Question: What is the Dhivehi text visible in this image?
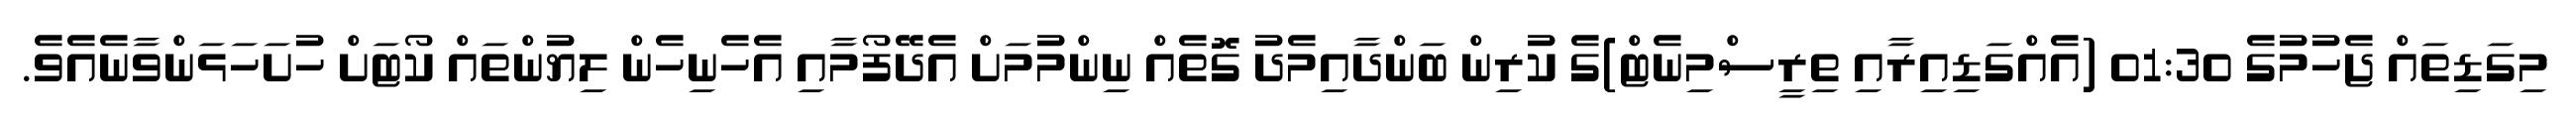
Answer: މިގަޑިތައް ޖެހުމުގެ 01:30 (އެއްގަޑިއިރާއި ތިރީސްމިނެޓް)ގެ ކުރިން ބަންދާއިމެދު ގޮތެއް ނިންމުމަށް އެދޭފޯމާއި އެހެނިހެން ލިޔުންތައް ކޯޓަށް ހުށަހަޅަންވާނެއެވެ.